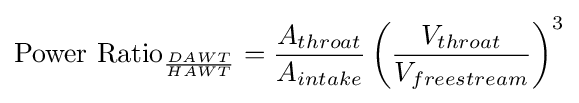
{\text{Power Ratio}}_{DAWT \over HAWT}={{A_{throat}} \over {A_{intake}}}\left({V_{throat} \over V_{freestream}}\right)^{3}